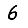
Digit: 6